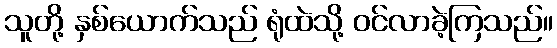
သူတို့ နှစ်ယောက်သည် ရုံထဲသို့ ဝင်လာခဲ့ကြသည်။